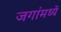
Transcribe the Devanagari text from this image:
जगांमध्ये